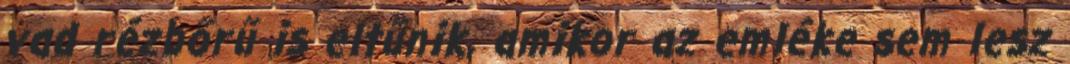
vad rézbőrű is eltűnik, amikor az emléke sem lesz